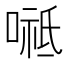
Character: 𭉸